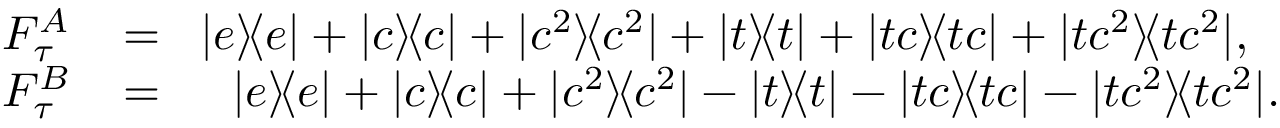
\begin{array} { r l r } { F _ { \tau } ^ { A } \! } & { { } = } & { \! | e \rangle \! \langle e | + | c \rangle \! \langle c | + | c ^ { 2 } \rangle \! \langle c ^ { 2 } | + | t \rangle \! \langle t | + | t c \rangle \! \langle t c | + | t c ^ { 2 } \rangle \! \langle t c ^ { 2 } | , \, \, \, \, } \\ { F _ { \tau } ^ { B } \! } & { { } = } & { \! | e \rangle \! \langle e | + | c \rangle \! \langle c | + | c ^ { 2 } \rangle \! \langle c ^ { 2 } | - | t \rangle \! \langle t | - | t c \rangle \! \langle t c | - | t c ^ { 2 } \rangle \! \langle t c ^ { 2 } | . } \end{array}